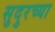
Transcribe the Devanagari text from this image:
सुदुरच्या